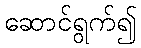
ဆောင်ရွက်၍